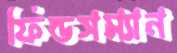
ফিল্ডসম্যান